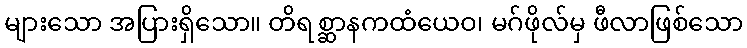
များသော အပြားရှိသော။ တိရစ္ဆာနကထံယေဝ၊ မဂ်ဖိုလ်မှ ဖီလာဖြစ်သော